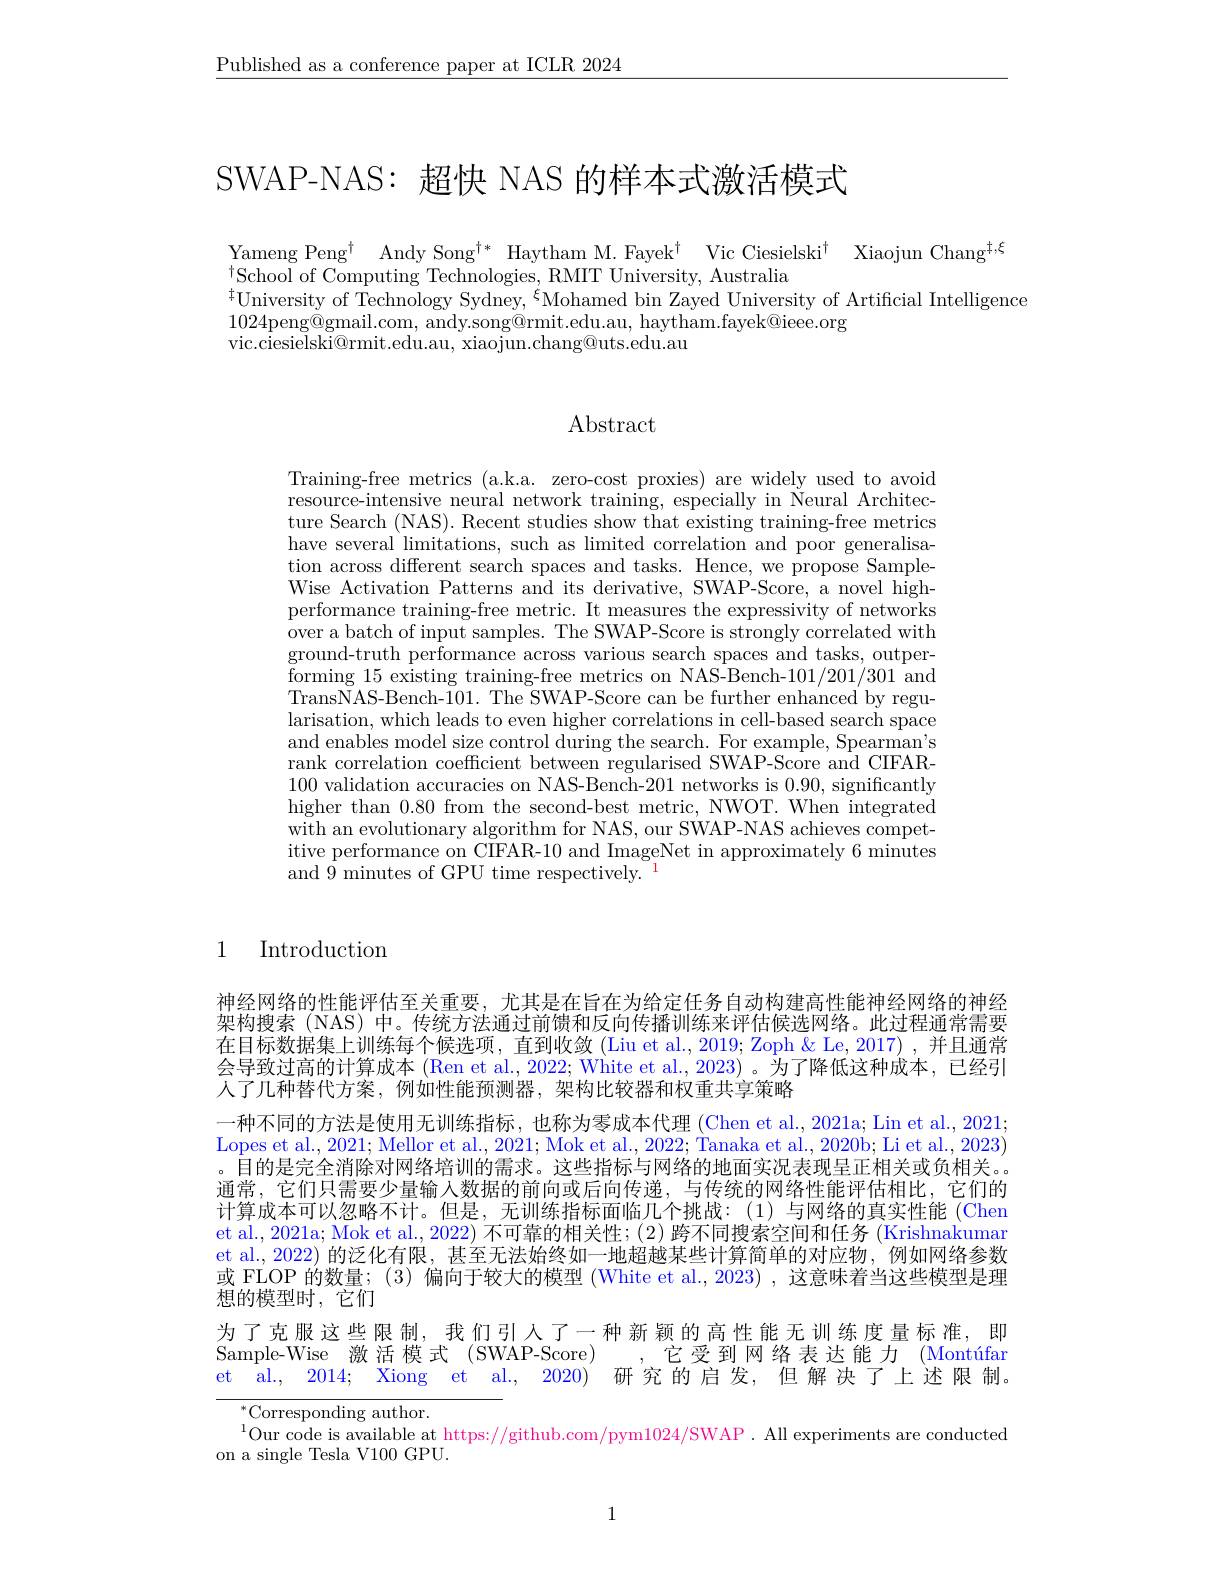
$\underline{\text{Published as a conference paper at ICLR 2024}}$

SWAP-NAS: 超快 NAS 的样本式激活模式

Yameng Peng$^\dagger$ Andy Song$^\dagger *$ Haytham M.Fayek$^\dagger$ Vic Ciesielski$^\dagger$ Xiaojun Chang$^{\dagger,\xi}$
$^{\dagger}$School of Computing Technologies, RMIT University, Australia
$^{\ddagger}$University of Technology Sydney, $^\xi$Mohamed bin Zayed University of Artificial Intelligence
1024peng@gmail.com, andy.song@rmit.edu.au, haytham.fayek@ieee.org
vic.ciesielski@rmit.edu.au, xiaojun.chang@uts.edu.au

### Abstract

Training-free metrics (a.k.a. zero-cost proxies) are widely used to avoid resource-intensive neural network training, especially in Neural Architecture Search (NAS). Recent studies show that existing training-free metrics have several limitations, such as limited correlation and poor generalisation across different search spaces and tasks. Hence, we propose SampleWise Activation Patterns and its derivative, SWAP-Score, a novel highperformance training-free metric. It measures the expressivity of networks $\bar{\text{over a batch of input samples. The SWAP-Score is strongly correlated with}}$ ground-truth performance across various search spaces and tasks, outperforming 15 existing training- free metrics on NAS- Bench- 101/ 201/ 301 and TransNAS-Bench-101. The SWAP-Score can be further enhanced by regularisation, which leads to even higher correlations in cell-based search space and enables model size control during the search. For example, Spearman's rank correlation coefficient between regularised SWAP-Score and CIFAR- 100 validation accuracies on NAS-Bench-201 networks is 0.90, significantly higher than 0.80 from the second-best metric, NWOT. When integrated with an evolutionary algorithm for NAS, our SWAP-NAS achieves competitive performance on CIFAR-10 and ImageNet in approximately 6 minutes and $\bar{9}$ minutes of GPU time respectively.$^{-1}$

1 Introduction

神经网络的性能评估至关重要，尤其是在旨在为给定任务自动构建高性能神经网络的神经架构搜索 (NAS) 中。传统方法通过前馈和反向传播训练来评估候选网络。此过程通常需要在目标数据集上训练每个候选项，直到收敛 (Liu et al., 2019; Zoph & Le, 2017) , 并且通常会导致过高的计算成本 (Ren et al., 2022; White et al., 2023) 。为了降低这种成本，已经引人了几种替代方案，例如性能预测器，架构比较器和权重共享策略
一种不同的方法是使用无训练指标，也称为零成本代理 (Chen et al., 2021a; Lin et al., 2021; Lopes et al., 2021; Mellor et al., 2021; Mok et al., 2022; Tanaka et al., 2020b; Li et al., 2023) 。目的是完全消除对网络培训的需求。这些指标与网络的地面实况表现呈正相关或负相关。通常，它们只需要少量输入数据的前向或后向传递，与传统的网络性能评估相比，它们的计算成本可以忽略不计。但是，无训练指标面临几个挑战：(1)与网络的真实性能(Chen et al., 2021a; Mok et al., 2022) 不可靠的相关性；( 2 ) 跨不同搜索空间和任务 (Krishnakumar et al., 2022) 的泛化有限，甚至无法始终如一地超越某些计算简单的对应物，例如网络参数或 FLOP 的数量；(3) 偏向于较大的模型 (White et al., 2023) , 这意味着当这些模型是理想的模型时，它们
为了克服这些限制，我们引人了一种新颖的高性能无训练度量标准，即
Sample-Wise 激活模式 (SWAP-Score)
它受到网络表达能力(Montúfar
et al., 2014; Xiong et al., 2020) 研究的启发，但解决了上述限制。

${}^{*}$Corresponding author.
$^{1}$Our code is available at https://github.com/pym1024/SWAP. All experiments are conducted
on a single Tesla V100 GPU.